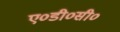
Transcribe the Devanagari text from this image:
ए०डी०सी०